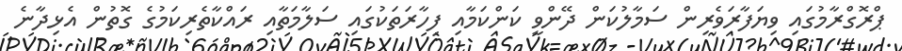
ޕްރޮގްރާމުގައި ވިޔަފާރަވެރިން ސަމާލުކަން ދޭންވީ ކަންކަމާއި ފިހާރަތަކުގައި ސަލާމަތާއި ރައްކާތެރިކަމުގެ ގޮތުން އެޅިދާނެ